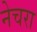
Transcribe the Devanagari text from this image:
नेचरा